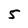
Character: 5